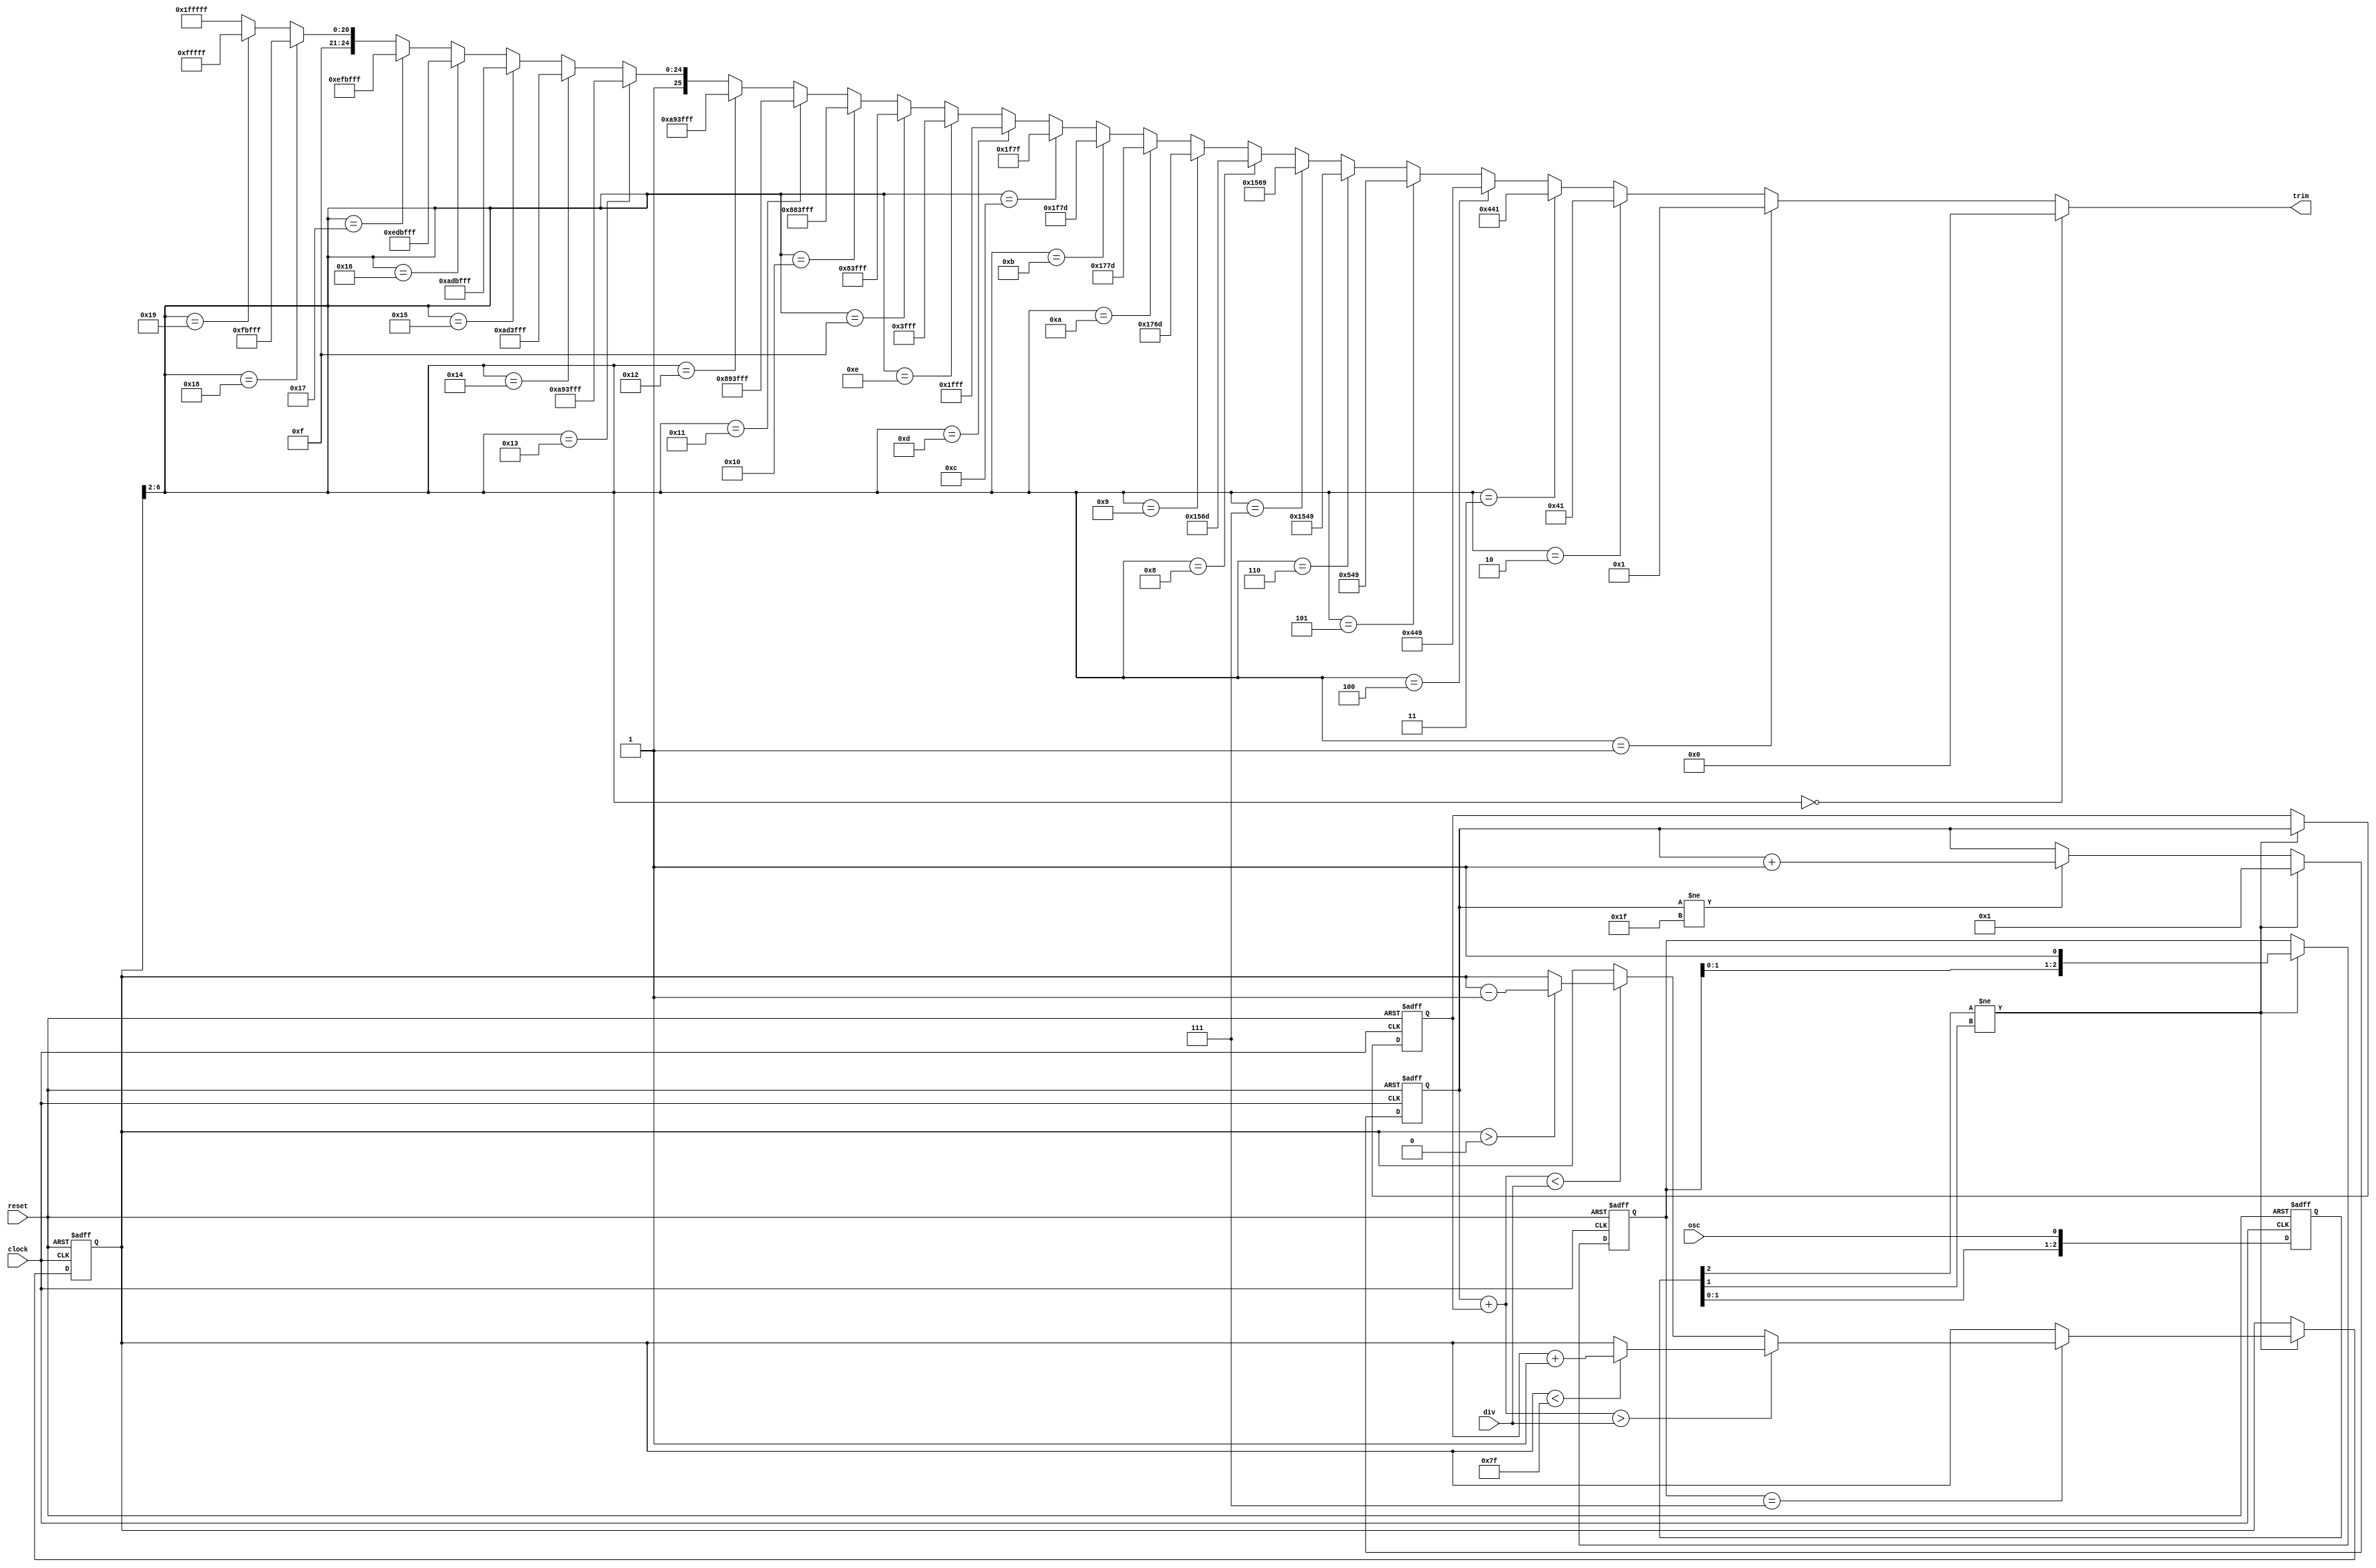
// SPDX-FileCopyrightText: 2020 Efabless Corporation
//
// Licensed under the Apache License, Version 2.0 (the "License");
// you may not use this file except in compliance with the License.
// You may obtain a copy of the License at
//
//      http://www.apache.org/licenses/LICENSE-2.0
//
// Unless required by applicable law or agreed to in writing, software
// distributed under the License is distributed on an "AS IS" BASIS,
// WITHOUT WARRANTIES OR CONDITIONS OF ANY KIND, either express or implied.
// See the License for the specific language governing permissions and
// limitations under the License.
// SPDX-License-Identifier: Apache-2.0

`default_nettype none
// (True) digital PLL
//
// Output goes to a trimmable ring oscillator (see documentation).
// Ring oscillator should be trimmable to above and below maximum
// ranges of the input.
//
// Input "osc" comes from a fixed clock source (e.g., crystal oscillator
// output).
//
// Input "div" is the target number of clock cycles per oscillator cycle.
// e.g., if div == 8 then this is an 8X PLL.
//
// Clock "clock" is the PLL output being trimmed.
// (NOTE:  To be done:  Pass-through enable)
//
// Algorithm:
//
// 1) Trim is done by thermometer code.  Reset to the highest value
//    in case the fastest rate clock is too fast for the logic.
//
// 2) Count the number of contiguous 1s and 0s in "osc"
//    periods of the master clock.  If the count maxes out, it does
//    not roll over.
//
// 3) Add the two counts together.
//
// 4) If the sum is less than div, then the clock is too slow, so
//    decrease the trim code.  If the sum is greater than div, the
//    clock is too fast, so increase the trim code.  If the sum
//    is equal to div, the the trim code does not change.
//

module digital_pll_controller(reset, clock, osc, div, trim);
    input reset;
    input clock;
    input osc;
    input [4:0] div;
    output [25:0] trim;		// Use ring_osc2x13, with 26 trim bits

    wire [25:0] trim;
    reg [2:0] oscbuf;
    reg [2:0] prep;

    reg [4:0] count0;
    reg [4:0] count1;
    reg [6:0] tval;	// Includes 2 bits fractional
    wire [4:0] tint;	// Integer part of the above

    wire [5:0] sum;

    assign sum = count0 + count1;
 
    // Integer to thermometer code (maybe there's an algorithmic way?)
    assign tint = tval[6:2];
                                     // |<--second-->|<-- first-->|
    assign trim = (tint == 5'd0)  ? 26'b0000000000000_0000000000000 :
          (tint == 5'd1)  ? 26'b0000000000000_0000000000001 :
          (tint == 5'd2)  ? 26'b0000000000000_0000001000001 :
          (tint == 5'd3)  ? 26'b0000000000000_0010001000001 :
          (tint == 5'd4)  ? 26'b0000000000000_0010001001001 :
          (tint == 5'd5)  ? 26'b0000000000000_0010101001001 :
          (tint == 5'd6)  ? 26'b0000000000000_1010101001001 :
          (tint == 5'd7)  ? 26'b0000000000000_1010101101001 :
          (tint == 5'd8)  ? 26'b0000000000000_1010101101101 :
          (tint == 5'd9)  ? 26'b0000000000000_1011101101101 :
          (tint == 5'd10) ? 26'b0000000000000_1011101111101 :
          (tint == 5'd11) ? 26'b0000000000000_1111101111101 :
          (tint == 5'd12) ? 26'b0000000000000_1111101111111 :
          (tint == 5'd13) ? 26'b0000000000000_1111111111111 :
          (tint == 5'd14) ? 26'b0000000000001_1111111111111 :
          (tint == 5'd15) ? 26'b0000001000001_1111111111111 :
          (tint == 5'd16) ? 26'b0010001000001_1111111111111 :
          (tint == 5'd17) ? 26'b0010001001001_1111111111111 :
          (tint == 5'd18) ? 26'b0010101001001_1111111111111 :
          (tint == 5'd19) ? 26'b1010101001001_1111111111111 :
          (tint == 5'd20) ? 26'b1010101101001_1111111111111 :
          (tint == 5'd21) ? 26'b1010101101101_1111111111111 :
          (tint == 5'd22) ? 26'b1011101101101_1111111111111 :
          (tint == 5'd23) ? 26'b1011101111101_1111111111111 :
          (tint == 5'd24) ? 26'b1111101111101_1111111111111 :
          (tint == 5'd25) ? 26'b1111101111111_1111111111111 :
                    26'b1111111111111_1111111111111;
   
    always @(posedge clock or posedge reset) begin
    if (reset == 1'b1) begin
        tval <= 7'd0;	// Note:  trim[0] must be zero for startup to work.
        oscbuf <= 3'd0;
        prep <= 3'd0;
        count0 <= 5'd0;
        count1 <= 5'd0;

    end else begin
        oscbuf <= {oscbuf[1:0], osc};

        if (oscbuf[2] != oscbuf[1]) begin
        count1 <= count0;
        count0 <= 5'b00001;
        prep <= {prep[1:0], 1'b1};

        if (prep == 3'b111) begin
            if (sum > div) begin
		if (tval < 127) begin
            	    tval <= tval + 1;
		end
            end else if (sum < div) begin
		if (tval > 0) begin
            	    tval <= tval - 1;
		end
            end
        end
        end else begin
        if (count0 != 5'b11111) begin
                count0 <= count0 + 1;
        end
        end
    end
    end

endmodule	// digital_pll_controller
`default_nettype wire